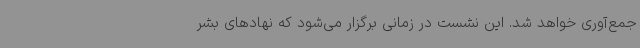
جمع‌آوری خواهد شد. این نشست در زمانی برگزار می‌شود که نهادهای بشر